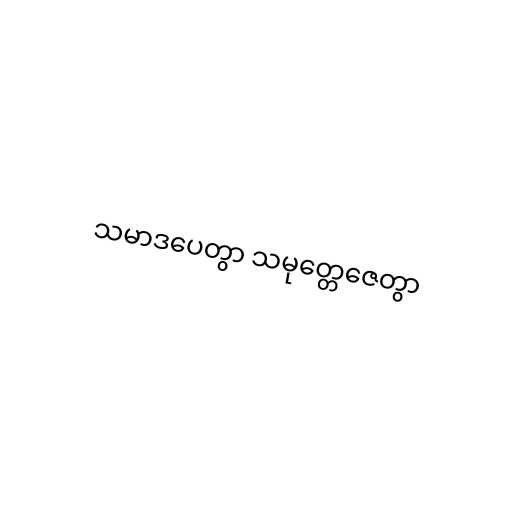
သမာဒပေတွာ သမုတ္တေဇေတွာ